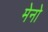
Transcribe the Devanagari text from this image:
मेनो